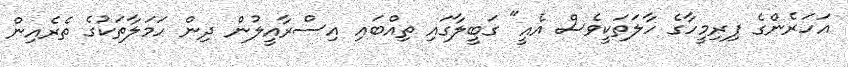
އަހަރެންގެ ފިރިމީހާގެ ހާލަތަކީވެސް އެއީ" ގަބީލާގައި ތިއްބައި އިސްރާއީލުން ދިން ހަމަލާތަކުގެ ތެރެއިން